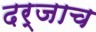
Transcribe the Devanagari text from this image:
दर्जाच